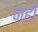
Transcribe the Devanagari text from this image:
नही़